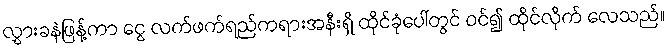
လွှားခနဲဖြန့်ကာ ငွေ လက်ဖက်ရည်ကရားအနီးရှိ ထိုင်ခုံပေါ်တွင် ဝင်၍ ထိုင်လိုက် လေသည်။